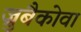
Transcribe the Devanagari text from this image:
ज्रुबैकोवा